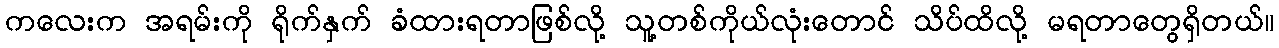
ကလေးက အရမ်းကို ရိုက်နှက် ခံထားရတာဖြစ်လို့ သူ့တစ်ကိုယ်လုံးတောင် သိပ်ထိလို့ မရတာတွေရှိတယ်။